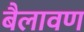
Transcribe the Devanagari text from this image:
बैलावण